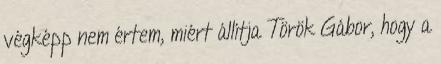
végképp nem értem, miért állítja Török Gábor, hogy a